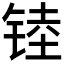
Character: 𲈁